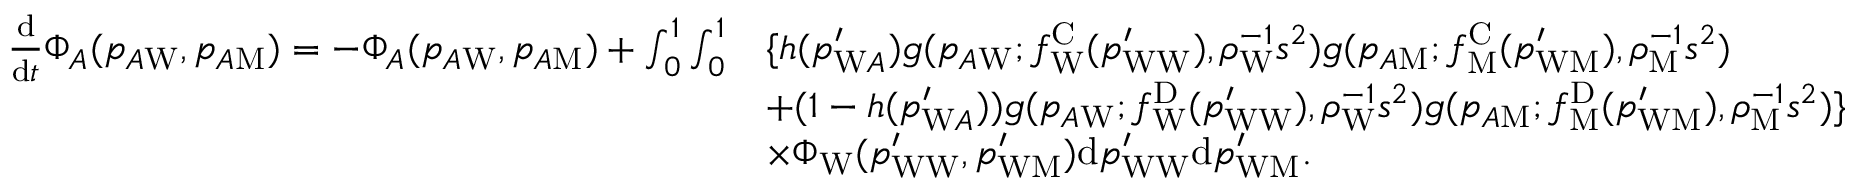
\begin{array} { r l } { \frac { \mathrm { d } } { \mathrm { d } t } \Phi _ { A } ( p _ { A \mathrm { W } } , p _ { A \mathrm { M } } ) = - \Phi _ { A } ( p _ { A \mathrm { W } } , p _ { A \mathrm { M } } ) + \int _ { 0 } ^ { 1 } \int _ { 0 } ^ { 1 } } & { \{ h ( p _ { \mathrm { W } A } ^ { \prime } ) g ( p _ { A \mathrm { W } } ; f _ { \mathrm { W } } ^ { \mathrm { C } } ( p _ { \mathrm { W W } } ^ { \prime } ) , \rho _ { \mathrm { W } } ^ { - 1 } s ^ { 2 } ) g ( p _ { A \mathrm { M } } ; f _ { \mathrm { M } } ^ { \mathrm { C } } ( p _ { \mathrm { W M } } ^ { \prime } ) , \rho _ { \mathrm { M } } ^ { - 1 } s ^ { 2 } ) } \\ & { + ( 1 - h ( p _ { \mathrm { W } A } ^ { \prime } ) ) g ( p _ { A \mathrm { W } } ; f _ { \mathrm { W } } ^ { \mathrm { D } } ( p _ { \mathrm { W W } } ^ { \prime } ) , \rho _ { \mathrm { W } } ^ { - 1 } s ^ { 2 } ) g ( p _ { A \mathrm { M } } ; f _ { \mathrm { M } } ^ { \mathrm { D } } ( p _ { \mathrm { W M } } ^ { \prime } ) , \rho _ { \mathrm { M } } ^ { - 1 } s ^ { 2 } ) \} } \\ & { \times \Phi _ { \mathrm { W } } ( p _ { \mathrm { W W } } ^ { \prime } , p _ { \mathrm { W M } } ^ { \prime } ) \mathrm { d } p _ { \mathrm { W W } } ^ { \prime } \mathrm { d } p _ { \mathrm { W M } } ^ { \prime } . } \end{array}